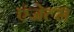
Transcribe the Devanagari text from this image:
एंजेल्‍स